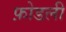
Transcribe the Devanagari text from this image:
फ़ोडली